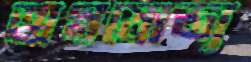
অপ্রযোজ্য